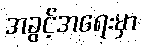
အခွင့်အရေးမှာ